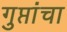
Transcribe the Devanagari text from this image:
गुप्तांचा